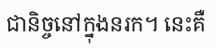
ជានិច្ចនៅក្នុងនរក។ នេះគឺ